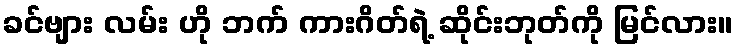
ခင်ဗျား လမ်း ဟို ဘက် ကားဂိတ်ရဲ့ ဆိုင်းဘုတ်ကို မြင်လား။